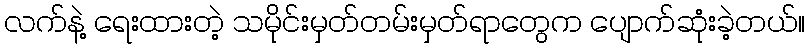
လက်နဲ့ ရေးထားတဲ့ သမိုင်းမှတ်တမ်းမှတ်ရာတွေက ပျောက်ဆုံးခဲ့တယ်။